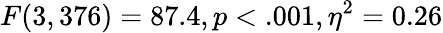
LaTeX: F(3,376)=87.4,p<.001,\eta^{2}=0.26